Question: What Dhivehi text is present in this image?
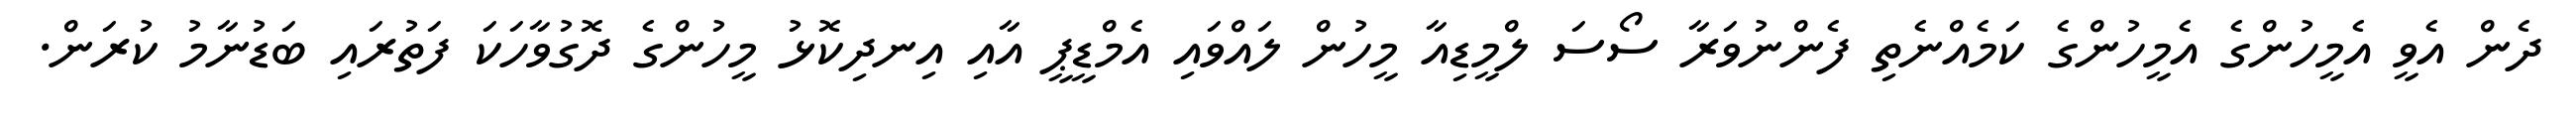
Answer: ދެން އެވީ އެމީހުންގެ އެމީހުންގެ ކަމެއްނެތި ފެންނުވަރާ ސޯސަ ލްމީޑިއާ މީހުން ލައްވައި އެމްޑީޕީ އާއި އިނދިކޮޅު މީހުންގެ ދޮގުވާހަކަ ފަތުރައި ބަޑުނާމު ކުރަން.